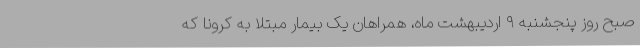
صبح روز پنجشنبه ۹ اردیبهشت ماه، همراهان یک بیمار مبتلا به کرونا که